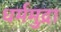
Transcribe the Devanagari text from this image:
धर्ममुद्रा